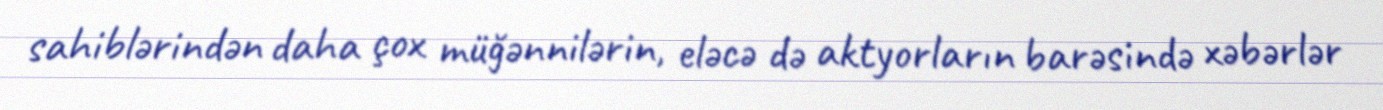
sahiblərindən daha çox müğənnilərin, eləcə də aktyorların barəsində xəbərlər